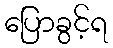
ပြောခွင့်ရ